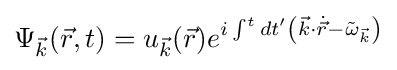
\Psi _{\vec {k}}({\vec {r}},t)=u_{\vec {k}}({\vec {r}})e^{i\int ^{t}dt'\left({\vec {k}}\cdot {\dot {\vec {r}}}-{\tilde {\omega }}_{\vec {k}}\right)}